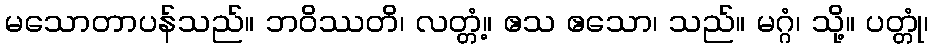
မသောတာပန်သည်။ ဘဝိဿတိ၊ လတ္တံ့။ ဧသ ဧသော၊ သည်။ မဂ္ဂံ၊ သို့။ ပတ္တုံ၊